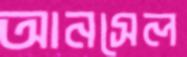
আনসেল